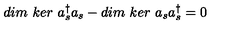
d i m \ k e r \ a _ { s } ^ { \dagger } a _ { s } - d i m \ k e r \ a _ { s } a _ { s } ^ { \dagger } = 0